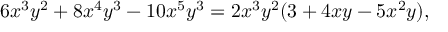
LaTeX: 6 x ^ { 3 } y ^ { 2 } + 8 x ^ { 4 } y ^ { 3 } - 1 0 x ^ { 5 } y ^ { 3 } = 2 x ^ { 3 } y ^ { 2 } ( 3 + 4 x y - 5 x ^ { 2 } y ) ,